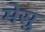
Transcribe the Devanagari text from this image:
मेसु